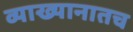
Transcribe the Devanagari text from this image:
व्याख्यानातच